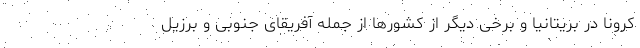
کرونا در بریتانیا و برخی دیگر از کشورها از جمله آفریقای جنوبی و برزیل